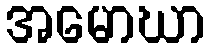
အမောဃာ